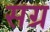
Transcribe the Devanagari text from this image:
सग्र